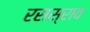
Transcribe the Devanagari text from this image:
रसस्राव